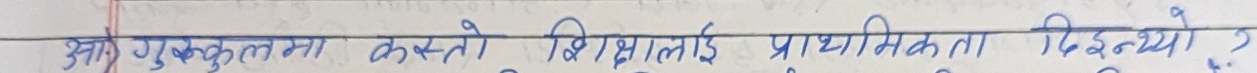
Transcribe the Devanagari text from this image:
अति गुरुकूलमा कस्तो शिक्षालाई प्राथमिकता दिइन्थ्यो ?